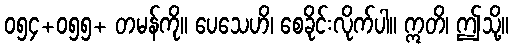
၀၅၄+၀၅၅+ တမန်ကို။ ပေသေဟိ၊ စေခိုင်းလိုက်ပါ။ ဣတိ၊ ဤသို့။